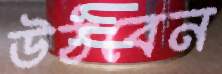
উঠবেন